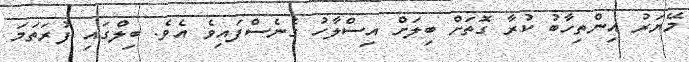
މޭޔަަރު އިންތިހާބު ކުރާ ގޮތަށް ބިލަށް އިސްލާހު ގެނެސްފައިވެ އެވެ. ބިލްގައި ފުރަތަމަ